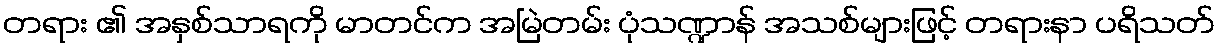
တရား ၏ အနှစ်သာရကို မာတင်က အမြဲတမ်း ပုံသဏ္ဍာန် အသစ်များဖြင့် တရားနာ ပရိသတ်